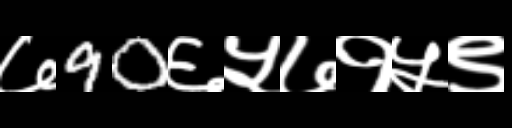
Text: ७90६५७१५९